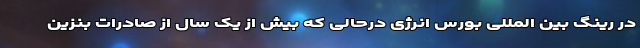
در رینگ بین المللی بورس انرژی درحالی که بیش از یک سال از صادرات بنزین